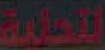
المحلية